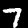
Label: 7